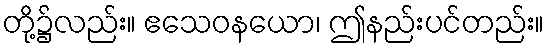
တို့၌လည်း။ ဧသေဝနယော၊ ဤနည်းပင်တည်း။